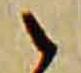
之